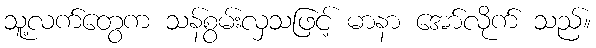
သူ့လက်တွေက သန်စွမ်းလှသဖြင့် မာနာ အော်လိုက် သည်။